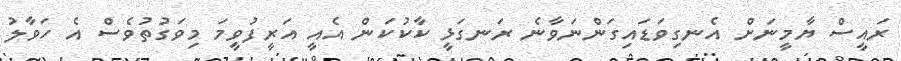
ރައީސް ޔާމީނަށް އެނގިވަޑައިގަންނަވާނެ ރަނގަޅީ ކާކުކަން އެއީ އަރީފުވީމަ މިވަގުުތުވެސް އެ ހަވާލު